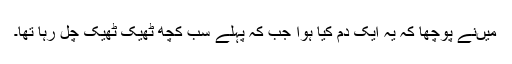
میں‌نے پوچھا کہ یہ ایک دم کیا ہوا جب کہ پہلے سب کچھ ٹھیک ٹھیک چل رہا تھا۔